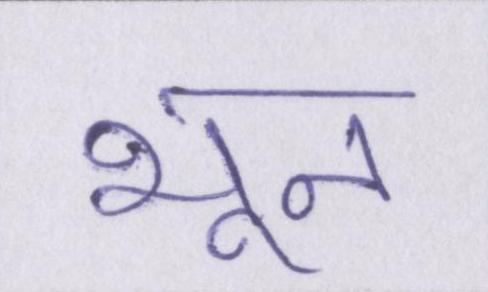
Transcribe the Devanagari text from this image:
भून